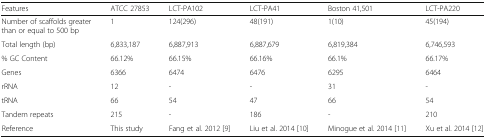
<table><thead><tr><td><b>Features</b></td><td><b>ATCC 27853</b></td><td><b>LCT-PA102</b></td><td><b>LCT-PA41</b></td><td><b>Boston 41,501</b></td><td><b>LCT-PA220</b></td></tr></thead><tbody><tr><td>Number of scaffolds greater than or equal to 500 bp</td><td>1</td><td>124(296)</td><td>48(191)</td><td>1(10)</td><td>45(194)</td></tr><tr><td>Total length (bp)</td><td>6,833,187</td><td>6,887,913</td><td>6,887,679</td><td>6,819,384</td><td>6,746,593</td></tr><tr><td>% GC Content</td><td>66.12%</td><td>66.15%</td><td>66.16%</td><td>66.1%</td><td>66.17%</td></tr><tr><td>Genes</td><td>6366</td><td>6474</td><td>6476</td><td>6295</td><td>6464</td></tr><tr><td>rRNA</td><td>12</td><td>-</td><td>-</td><td>31</td><td>-</td></tr><tr><td>tRNA</td><td>66</td><td>54</td><td>47</td><td>66</td><td>54</td></tr><tr><td>Tandem repeats</td><td>215</td><td>-</td><td>186</td><td>-</td><td>210</td></tr><tr><td>Reference</td><td>This study</td><td>Fang et al. 2012 [9]</td><td>Liu et al. 2014 [10]</td><td>Minogue et al. 2014 [11]</td><td>Xu et al. 2014 [12]</td></tr></tbody></table>